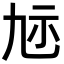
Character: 𮁝